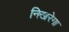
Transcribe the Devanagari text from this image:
निखरेगा